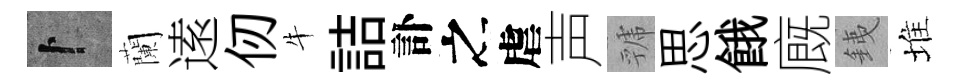
卜蘭逺仞牛詰訃之虐声虢思餓廐銕堆